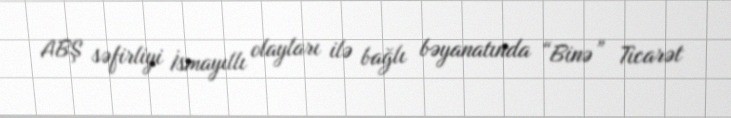
ABŞ səfirliyi İsmayıllı olayları ilə bağlı bəyanatında “Binə” Ticarət